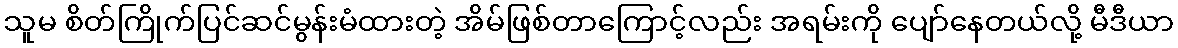
သူမ စိတ်ကြိုက်ပြင်ဆင်မွန်းမံထားတဲ့ အိမ်ဖြစ်တာကြောင့်လည်း အရမ်းကို ပျော်နေတယ်လို့ မီဒီယာ